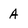
Character: A